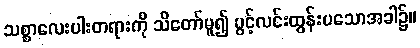
သစ္စာလေးပါးတရားကို သိတော်မူ၍ ပွင့်လင်းထွန်းပသောအခါ၌။